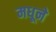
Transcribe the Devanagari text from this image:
मधूने